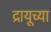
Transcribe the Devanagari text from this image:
द्रायूच्या